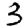
Digit: 3